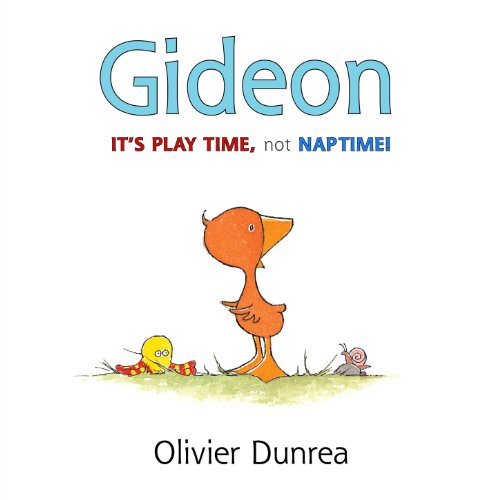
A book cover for Gideon: It's Play Time, Not Naptime! (Gossie & Friends); Olivier Dunrea; Children's Books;